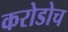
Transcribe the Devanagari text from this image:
करोडोच